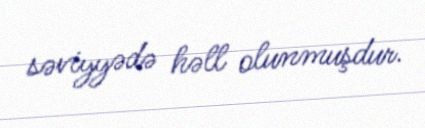
səviyyədə həll olunmuşdur.